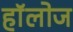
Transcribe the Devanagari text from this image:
हाॅलोज